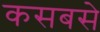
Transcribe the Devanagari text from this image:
कसबसे